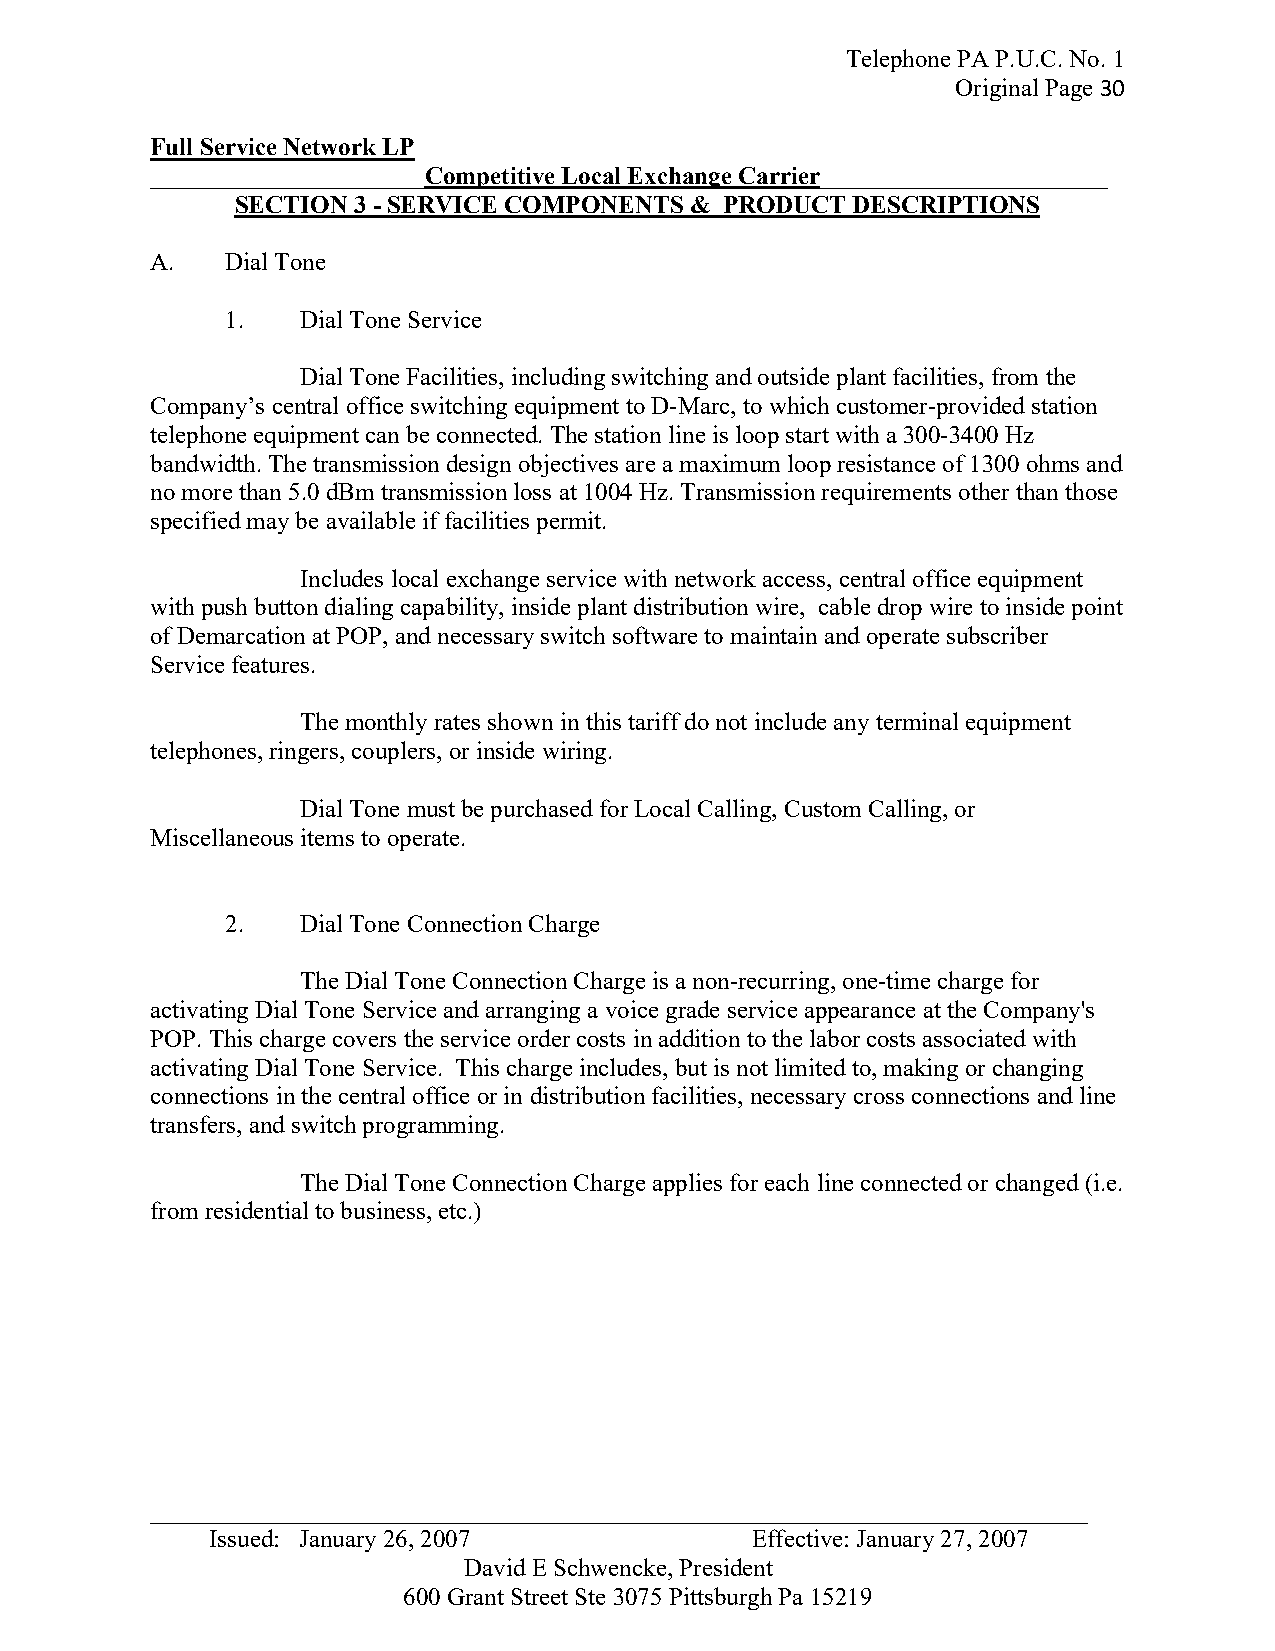
Telephone PA P.U.C. No. 1
 Original Page 30
 Full Service Network LP
 ______________________Competitive Local Exchange Carrier_______________________
 SECTION 3 - SERVICE COMPONENTS & PRODUCT DESCRIPTIONS
 A.   Dial Tone
 1.   Dial Tone Service
 Dial Tone Facilities, including switching and outside plant facilities, from the
 Company’s central office switching equipment to D-Marc, to which customer-provided station
 telephone equipment can be connected. The station line is loop start with a 300-3400 Hz
 bandwidth. The transmission design objectives are a maximum loop resistance of 1300 ohms and
 no more than 5.0 dBm transmission loss at 1004 Hz. Transmission requirements other than those
 specified may be available if facilities permit.
 Includes local exchange service with network access, central office equipment
 with push button dialing capability, inside plant distribution wire, cable drop wire to inside point
 of Demarcation at POP, and necessary switch software to maintain and operate subscriber
 Service features.
 The monthly rates shown in this tariff do not include any terminal equipment
 telephones, ringers, couplers, or inside wiring.
 Dial Tone must be purchased for Local Calling, Custom Calling, or
 Miscellaneous items to operate.
 2.   Dial Tone Connection Charge
 The Dial Tone Connection Charge is a non-recurring, one-time charge for
 activating Dial Tone Service and arranging a voice grade service appearance at the Company's
 POP. This charge covers the service order costs in addition to the labor costs associated with
 activating Dial Tone Service. This charge includes, but is not limited to, making or changing
 connections in the central office or in distribution facilities, necessary cross connections and line
 transfers, and switch programming.
 The Dial Tone Connection Charge applies for each line connected or changed (i.e.
 from residential to business, etc.)
 _ __________________________________________________________________________
 Issued: January 26, 2007            Effective: January 27, 2007
 David E Schwencke, President
 600 Grant Street Ste 3075 Pittsburgh Pa 15219